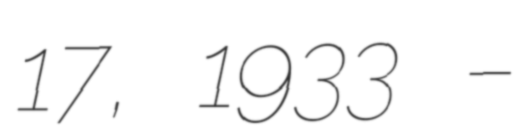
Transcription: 17, 1933 –